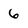
Character: 6